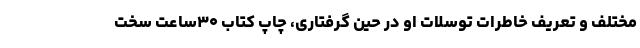
مختلف و تعریف خاطرات توسلات او در حین گرفتاری، چاپ کتاب ۳۰ساعت سخت